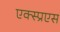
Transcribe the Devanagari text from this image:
एक्स्प्रएस